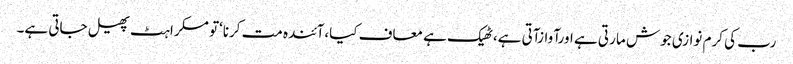
رب کی کرم نوازی جوش ما رتی ہے اورآوازآتی ہے،ٹھیک ہے معاف کیا،آئندہ مت کرنا‘تو مسکراہٹ پھیل جاتی ہے۔